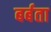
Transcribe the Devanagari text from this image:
बर्बता